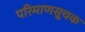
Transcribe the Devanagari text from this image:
परिमाणसूचक